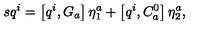
s q ^ { i } = \left[ q ^ { i } , G _ { a } \right] \eta _ { 1 } ^ { a } + \left[ q ^ { i } , C _ { a } ^ { 0 } \right] \eta _ { 2 } ^ { a } ,